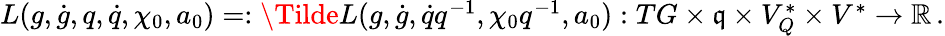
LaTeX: \begin{array}{r}{L(g,\dot{g},q,\dot{q},\chi_{0},a_{0})=:\Tilde{L}(g,\dot{g},\dot{q}q^{-1},\chi_{0}q^{-1},a_{0}):TG\times\mathfrak{q}\times V_{Q}^{*}\times V^{*}\rightarrow\mathbb{R}\, .}\end{array}